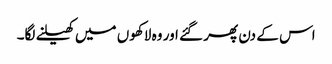
اس کے دن پھر گئے اور وہ لاکھوں میں کھیلنے لگا۔